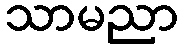
သာမညာ